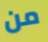
من